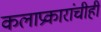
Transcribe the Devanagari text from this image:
कलाप्रकारांचीही